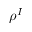
\rho ^ { I }